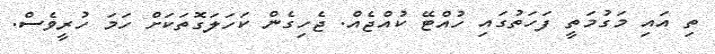
ތި އައި މަގުމަތީ ފަހަތުގައި ހުއްޓޭ ކުއްޖެއް. ޖެހިގެން ކަހަލަގޮތަކަށް ހަމަ ހުރީވެސް.